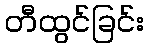
တီထွင်ခြင်း